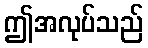
ဤအလုပ်သည်